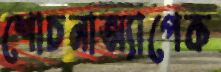
শোচনাঅ্যাপেক